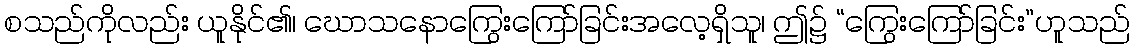
စသည်ကိုလည်း ယူနိုင်၏၊ ဃောသနောကြွေးကြော်ခြင်းအလေ့ရှိသူ၊ ဤ၌ “ကြွေးကြော်ခြင်း”ဟူသည်